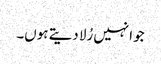
جو انہیں رُلا دیتے ہوں۔